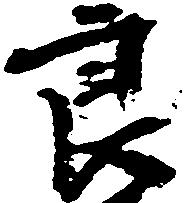
良